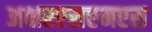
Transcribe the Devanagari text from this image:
अक्षरएसएमएस